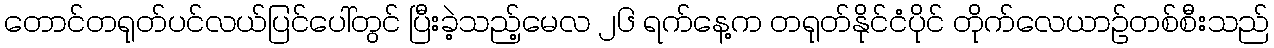
တောင်တရုတ်ပင်လယ်ပြင်ပေါ်တွင် ပြီးခဲ့သည့်မေလ ၂၆ ရက်နေ့က တရုတ်နိုင်ငံပိုင် တိုက်လေယာဉ်တစ်စီးသည်